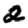
Digit: 2